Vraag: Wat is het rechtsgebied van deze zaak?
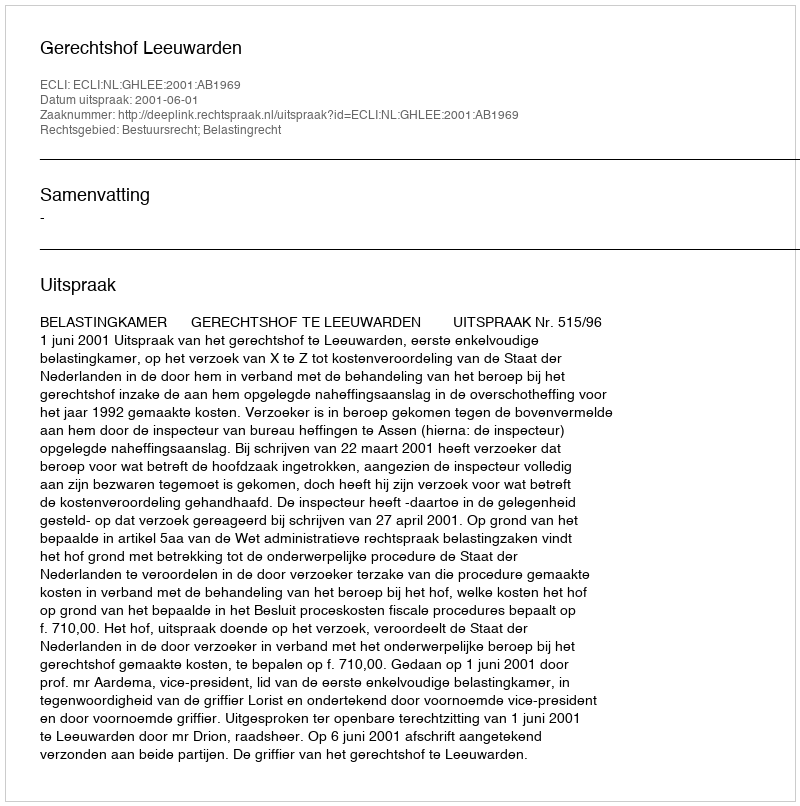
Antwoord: Bestuursrecht; Belastingrecht